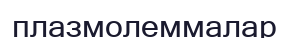
плазмолеммалар